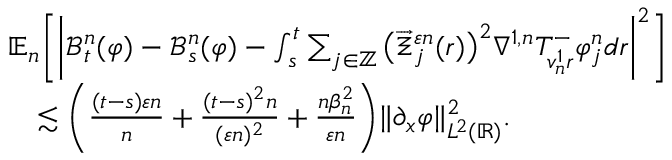
\begin{array} { r l } & { \mathbb { E } _ { n } \bigg [ \bigg | \mathcal { B } _ { t } ^ { n } ( \varphi ) - \mathcal { B } _ { s } ^ { n } ( \varphi ) - \int _ { s } ^ { t } \sum _ { j \in \mathbb { Z } } \big ( \overrightarrow { \Xi } _ { j } ^ { \varepsilon n } ( r ) \big ) ^ { 2 } \nabla ^ { 1 , n } T _ { v _ { n } ^ { 1 } r } ^ { - } \varphi _ { j } ^ { n } d r \bigg | ^ { 2 } \bigg ] } \\ & { \quad \lesssim \bigg ( \frac { ( t - s ) \varepsilon n } { n } + \frac { ( t - s ) ^ { 2 } n } { ( \varepsilon n ) ^ { 2 } } + \frac { n \beta _ { n } ^ { 2 } } { \varepsilon n } \bigg ) \| \partial _ { x } \varphi \| _ { L ^ { 2 } ( \mathbb { R } ) } ^ { 2 } . } \end{array}